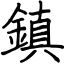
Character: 鎮